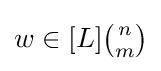
\textstyle w\in [L]{\binom {n}{m}}